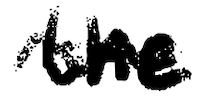
Text: the
Cross-out: wave
Writing tool: digital_black